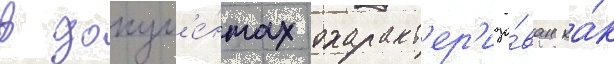
в докум'е́нтах охаракт'ер'изо́ван ка́к